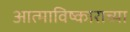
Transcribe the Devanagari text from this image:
आत्माविष्काराच्या